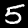
Digit: 5